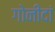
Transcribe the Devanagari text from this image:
गोनीदां